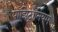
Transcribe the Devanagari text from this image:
पॉझिट्रॉनियम